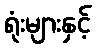
ရုံးများနှင့်